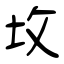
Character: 坆